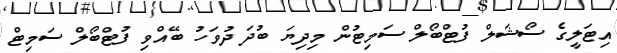
އިޓަލީގެ ސޯޝަލް ފުޓްބޯލް ސަމިޓުން މިދިޔަ ބުދަ ދުވަހު ބޭއްވި ފުޓްބޯލް ސަމިޓް